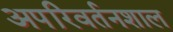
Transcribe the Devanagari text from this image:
अपरिवर्तनशाल